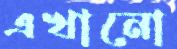
এখানো